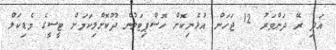
އަދި ރޭ ދަންވަރު 12 ޖަހަން އުޅެނިކޮށް ހޮސްޕިޓަލުން ދޫކޮށްލިކަމަށް ޓީސީގެ މެޑިކަލް